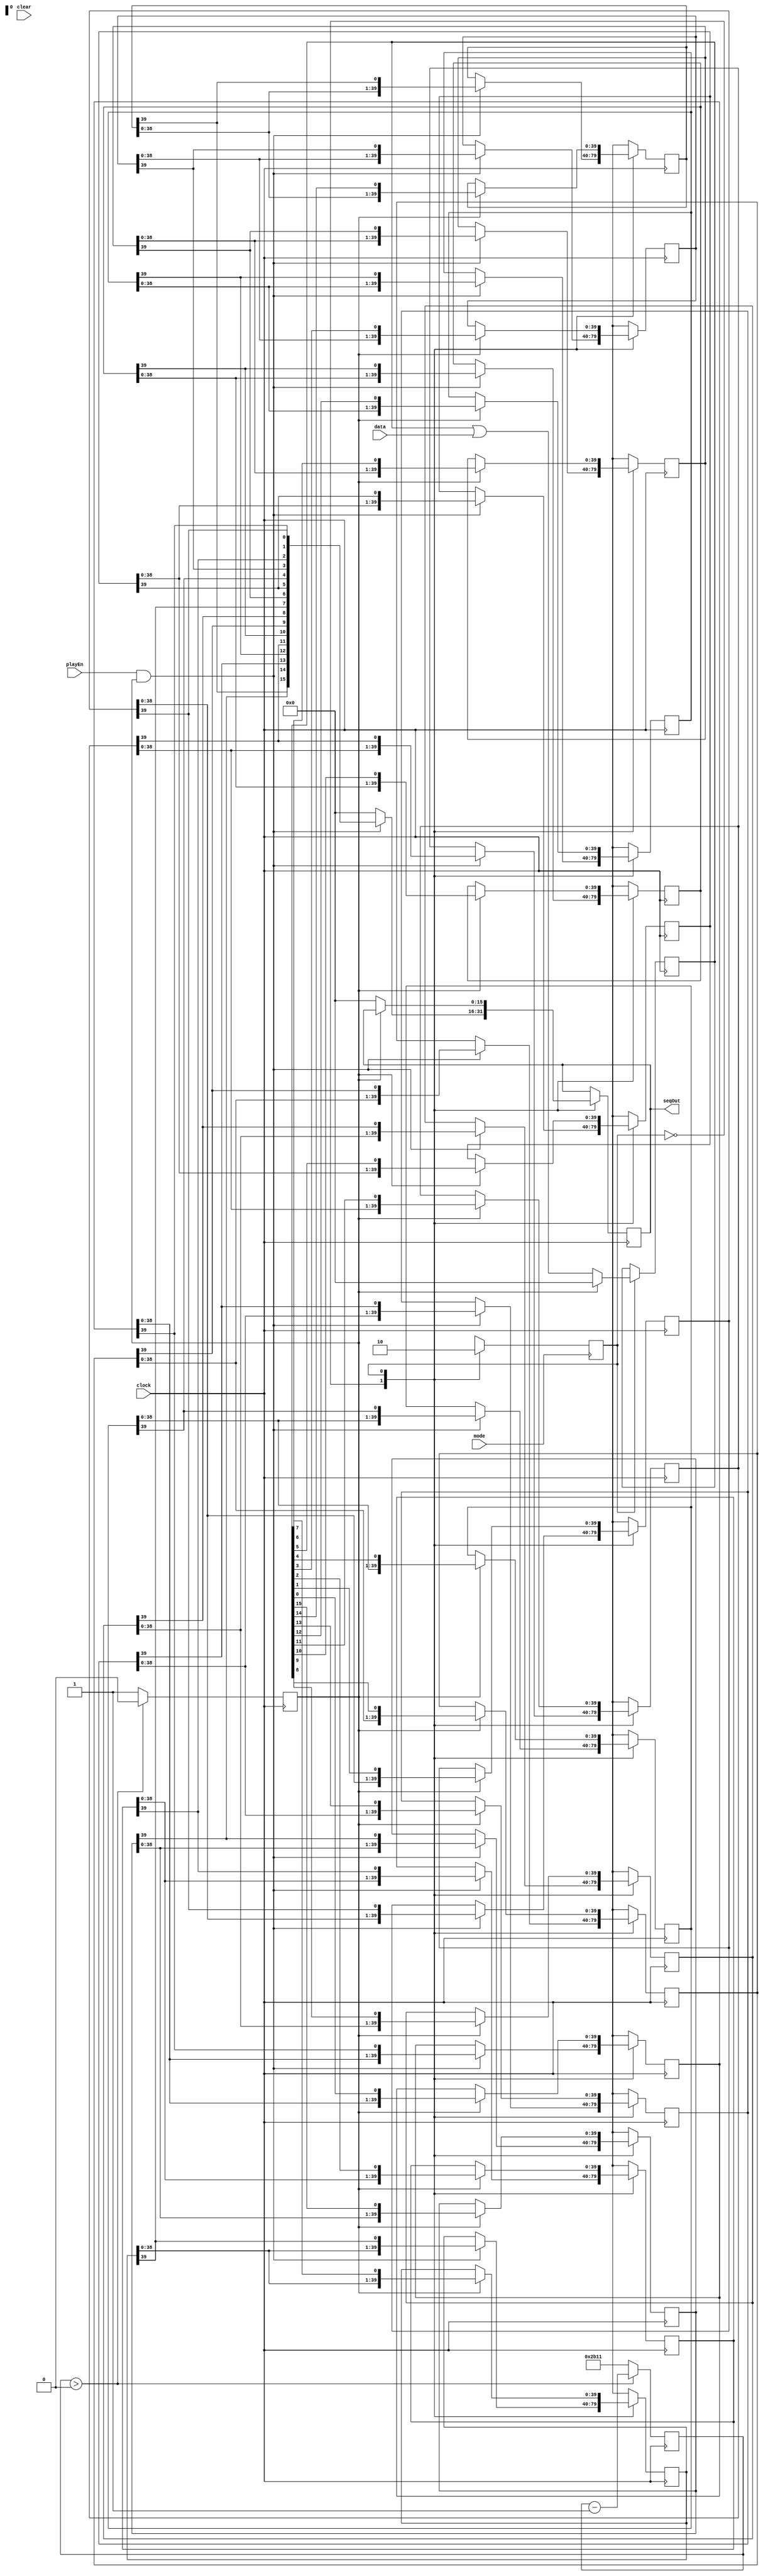
module Channel(input mode, input clear, input playEn, input clock, input[15:0] data, output[15:0] seqOut);
	
	parameter PLAYING = 0, RECORDING = 1;

	wire currentState;
	
	reg nextState;
	initial nextState = PLAYING;

	
	always @(posedge mode) begin
		case (currentState)
			PLAYING:
				nextState <= RECORDING;
			RECORDING:
				nextState <= PLAYING;
		endcase
	end

	
	assign currentState = nextState;
	
	//the number of ticks at 44.1kHz equivalent to 0.25s.
	parameter countLimit = 14'd11025;
	
	reg [13:0] counter;
	initial counter = countLimit;
	
	//the new output pulse rate.
	reg pulse;
	initial pulse = 0;
	
	//40 input sequence samples (at 25Hz) fo each input.
	reg[39:0] seq0, seq1, seq2, seq3, seq4, seq5, seq6, seq7, seq8, seq9, seq10, seq11, seq12, seq13, seq14, seq15;
	
	initial seq0 = 40'b0;
	initial seq1 = 40'b0;
	initial seq2 = 40'b0;
	initial seq3 = 40'b0;
	initial seq4 = 40'b0;
	initial seq5 = 40'b0;
	initial seq6 = 40'b0;
	initial seq7 = 40'b0;
	initial seq8 = 40'b0;
	initial seq9 = 40'b0;
	initial seq10 = 40'b0;
	initial seq11 = 40'b0;
	initial seq12 = 40'b0;
	initial seq13 = 40'b0;
	initial seq14 = 40'b0;
	initial seq15 = 40'b0;
	
	//holds outgoing data until it is sent at the next clock tick.
	reg[15:0] seqOutHold;
	
	//holds incoming data until it is processed at the next clock tick.
	reg[15:0] dataHold;
	initial dataHold = 16'b0;
	
	always @(posedge clock) begin
		
		if (counter > 0) begin
			counter <= counter - 1'b1;
			pulse <= 0;
		end
		else begin
			counter <= countLimit;
			pulse <= 1;
		end
	
		case (currentState)
			PLAYING: begin
				if (playEn && pulse) begin
					
					//capture the rightmost bit of each sequence to output.
					seqOutHold <= {seq15[39], seq14[39], seq13[39], seq12[39], seq11[39], seq10[39], seq9[39], seq8[39], seq7[39], seq6[39], seq5[39], seq4[39], seq3[39], seq2[39], seq1[39], seq0[39]};
								
					//shift each sequence by 1 bit (with looping)
					seq0 <= {seq0[38:0], seq0[39]};
					seq1 <= {seq1[38:0], seq1[39]};
					seq2 <= {seq2[38:0], seq2[39]};
					seq3 <= {seq3[38:0], seq3[39]};
					seq4 <= {seq4[38:0], seq4[39]};
					seq5 <= {seq5[38:0], seq5[39]};
					seq6 <= {seq6[38:0], seq6[39]};
					seq7 <= {seq7[38:0], seq7[39]};
					seq8 <= {seq8[38:0], seq8[39]};
					seq9 <= {seq9[38:0], seq9[39]};
					seq10 <= {seq10[38:0], seq10[39]};
					seq11 <= {seq11[38:0], seq11[39]};
					seq12 <= {seq12[38:0], seq12[39]};
					seq13 <= {seq13[38:0], seq13[39]};
					seq14 <= {seq14[38:0], seq14[39]};
					seq15 <= {seq15[38:0], seq15[39]};
				
				end
				else begin
				
					//keep the last available data
					
					seq0 <= seq0;
					seq1 <= seq1;
					seq2 <= seq2;
					seq3 <= seq3;
					seq4 <= seq4;
					seq5 <= seq5;
					seq6 <= seq6;
					seq7 <= seq7;
					seq8 <= seq8;
					seq9 <= seq9;
					seq10 <= seq10;
					seq11 <= seq11;
					seq12 <= seq12;
					seq13 <= seq13;
					seq14 <= seq14;
					seq15 <= seq15;
					
					seqOutHold <= 16'b0;

				end
			end
			RECORDING: begin
			
				//capture and hold incoming data
				dataHold <= dataHold | data;
			
				if (pulse) begin

					// shift data into registers
					
					seq0 <= {seq0[38:0], dataHold[0]};
					seq1 <= {seq1[38:0], dataHold[1]};
					seq2 <= {seq2[38:0], dataHold[2]};
					seq3 <= {seq3[38:0], dataHold[3]};
					seq4 <= {seq4[38:0], dataHold[4]};
					seq5 <= {seq5[38:0], dataHold[5]};
					seq6 <= {seq6[38:0], dataHold[6]};
					seq7 <= {seq7[38:0], dataHold[7]};
					seq8 <= {seq8[38:0], dataHold[8]};
					seq9 <= {seq9[38:0], dataHold[9]};
					seq10 <= {seq10[38:0], dataHold[10]};
					seq11 <= {seq11[38:0], dataHold[11]};
					seq12 <= {seq12[38:0], dataHold[12]};
					seq13 <= {seq13[38:0], dataHold[13]};
					seq14 <= {seq14[38:0], dataHold[14]};
					seq15 <= {seq15[38:0], dataHold[15]};
					
					dataHold <= 16'b0;

				end
				else begin
					
					// keep last available data
					
					seq0 <= seq0;
					seq1 <= seq1;
					seq2 <= seq2;
					seq3 <= seq3;
					seq4 <= seq4;
					seq5 <= seq5;
					seq6 <= seq6;
					seq7 <= seq7;
					seq8 <= seq8;
					seq9 <= seq9;
					seq10 <= seq10;
					seq11 <= seq11;
					seq12 <= seq12;
					seq13 <= seq13;
					seq14 <= seq14;
					seq15 <= seq15;
					
					seqOutHold <= 16'b0;
				
				end
				
			end
		endcase
	end
	
	assign seqOut = seqOutHold;
	
endmodule